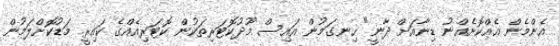
އެންމެން އެއްކޮށެއްނު ޑިނާއަށް ދާނީ" ހިނގަމުން އައިސް މޫދުކޮޓަރިތަކުން ކޮޓަރިއެއްގެ ކައިރީ މަޑުކޮށްލަމުން